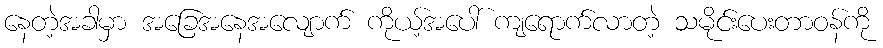
နေတဲ့အခါမှာ အခြေအနေအလျောက် ကိုယ့်အပေါ် ကျရောက်လာတဲ့ သမိုင်းပေးတာဝန်ကို